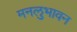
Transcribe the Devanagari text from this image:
मनलुभावन